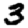
Digit: 3